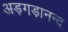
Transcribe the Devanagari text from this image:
अड़गड़ानन्द